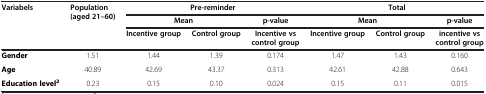
| Variabels | Population (aged 21–60) | <COLSPAN=3> Pre-reminder | <COLSPAN=3> Total |
 |  |  | <COLSPAN=2> Mean | p-value | <COLSPAN=2> Mean | p-value |
 |  |  | Incentive group | Control group | Incentive vs control group | Incentive group | Control group | incentive vs control group |
 | --- | --- | --- | --- | --- | --- | --- | --- |
 | Gender | 1.51 | 1.44 | 1.39 | 0.174 | 1.47 | 1.43 | 0.160 |
 | Age | 40.89 | 42.69 | 43.37 | 0.313 | 42.61 | 42.88 | 0.643 |
 | Education level2 | 0.23 | 0.15 | 0.10 | 0.024 | 0.15 | 0.11 | 0.015 |